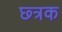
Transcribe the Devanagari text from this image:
छ्त्रक